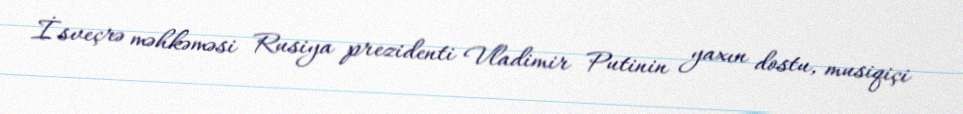
İsveçrə məhkəməsi Rusiya prezidenti Vladimir Putinin yaxın dostu, musiqiçi